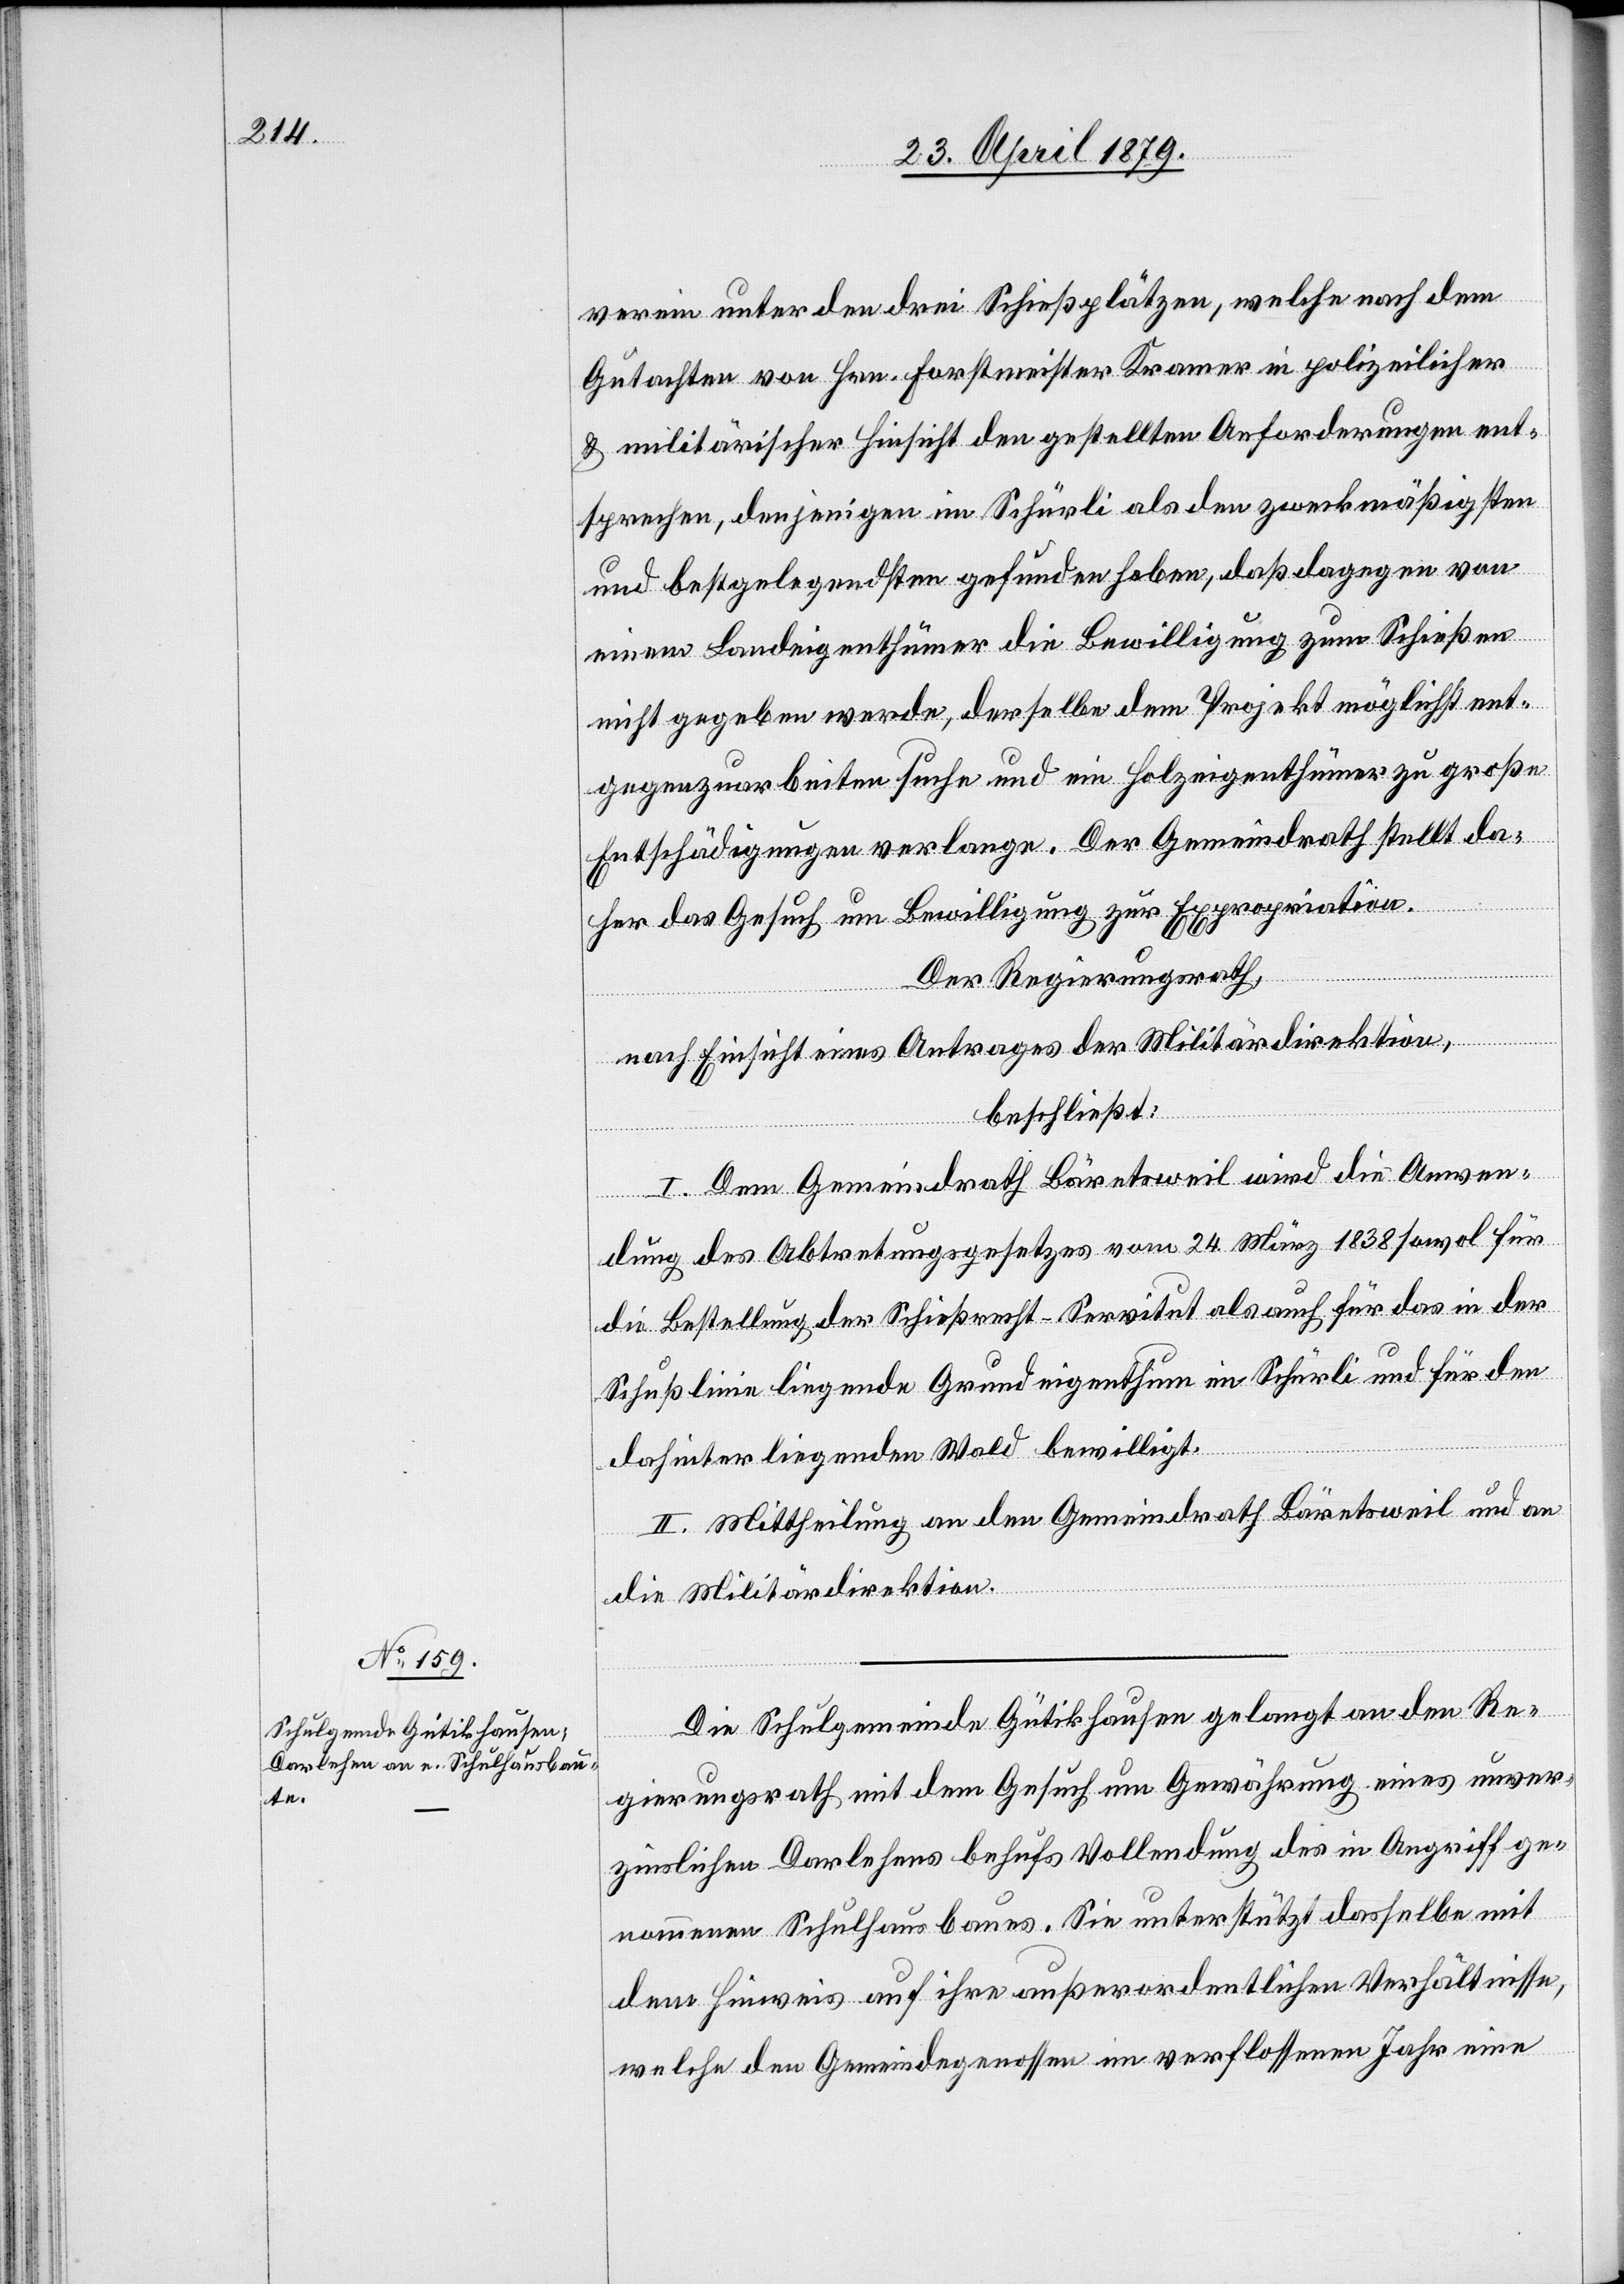
verein unter den drei Schießplätzen, welche nach dem
Gutachten von Hrn. Forstmeister Kramer in polizeilicher
& militärischer Hinsicht den gestellten Anforderungen ent¬
sprechen, denjenigen im Schürli als den zweckmäßigsten
und bestgelegendsten gefunden haben, daß dagegen von
einem Landeigenthümer die Bewilligung zum Schießen
nicht gegeben werde, derselbe dem Projekt möglichst ent¬
gegenzuarbeiten suche und ein Holzeigenthümer zu große
Entschädigungen verlange. Der Gemeindrath stellt da¬
her das Gesuch um Bewilligung zur Expropriation.
Der Regierungsrath,
nach Einsicht eines Antrages der Militärdirektion,
beschließt:
I. Dem Gemeindrath Bäretsweil wird die Anwen¬
dung des Abtretungsgesetzes vom 24. März 1838 sowol für
die Bestellung der Schießrecht-Servitut als auch für das in der
Schußlinie liegende Grundeigenthum im Schürli und für den
dahinterliegenden Wald bewilligt.
II. Mittheilung an den Gemeindrath Bäretsweil und an
die Militärdirektion.
Die Schulgemeinde Gütikhausen gelangt an den Re¬
gierungsrath mit dem Gesuch um Gewährung eines unver¬
zinslichen Darlehens behufs Vollendung des in Angriff ge¬
nommenen Schulhausbaues. Sie unterstützt dasselbe mit
dem Hinweis auf ihre außerordentlichen Verhältnisse,
welche den Gemeindegenossen im verflossenen Jahr eine